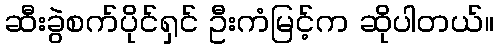
ဆီးခွဲစက်ပိုင်ရှင် ဦးကံမြင့်က ဆိုပါတယ်။